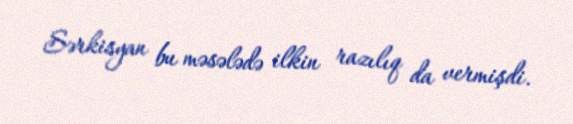
Sərkisyan bu məsələdə ilkin razılıq da vermişdi.